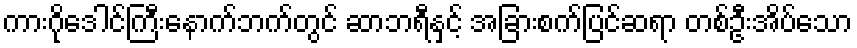
ကားဂိုဒေါင်ကြီးနောက်ဘက်တွင် ဆာဘရီနှင့် အခြားစက်ပြင်ဆရာ တစ်ဦးအိပ်သော